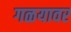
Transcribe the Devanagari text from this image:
गळयावर